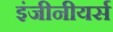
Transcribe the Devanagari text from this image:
इंजीनीयर्स